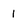
Character: 1